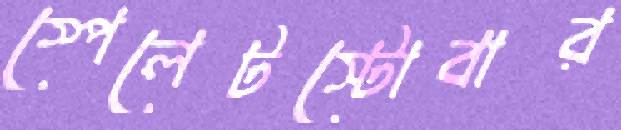
স্পেলেটস্টোবার